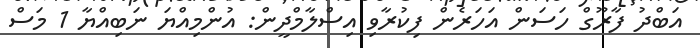
އަބްދު ފާރޫގް ހަސަން އަހަރެން ފިކުރާވި އިސްލާމްދީން: އުންމިއްޔަ ނަބިއްޔާ 1 މަސް